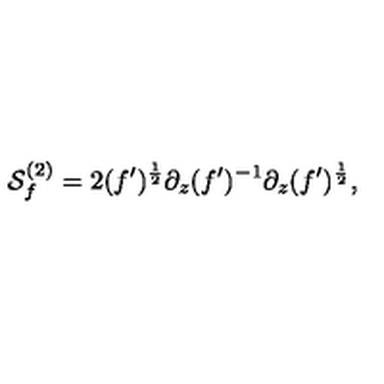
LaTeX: { \cal S } _ { f } ^ { ( 2 ) } = 2 ( f ^ { \prime } ) ^ { \frac { 1 } { 2 } } \partial _ { z } ( f ^ { \prime } ) ^ { - 1 } \partial _ { z } ( f ^ { \prime } ) ^ { \frac { 1 } { 2 } } ,